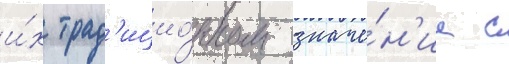
и́х трад'ицио́нном значе́н'ии с